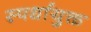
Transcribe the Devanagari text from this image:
स्पर्धायुक्त